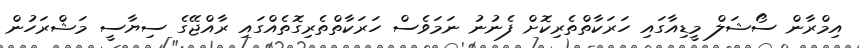
އިމްރާން ސޯޝަލް މީޑިއާގައި ހަރަކާތްތެރިކޮށް ފެނުނު ނަމަވެސް ހަރަކާތްތެރިގޮތެއްގައި ރާއްޖޭގެ ސިޔާސީ މަޝްރަހުން